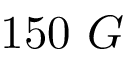
1 5 0 ~ G